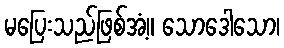
မပြေးသည်ဖြစ်အံ့။ သောဒေါသော၊